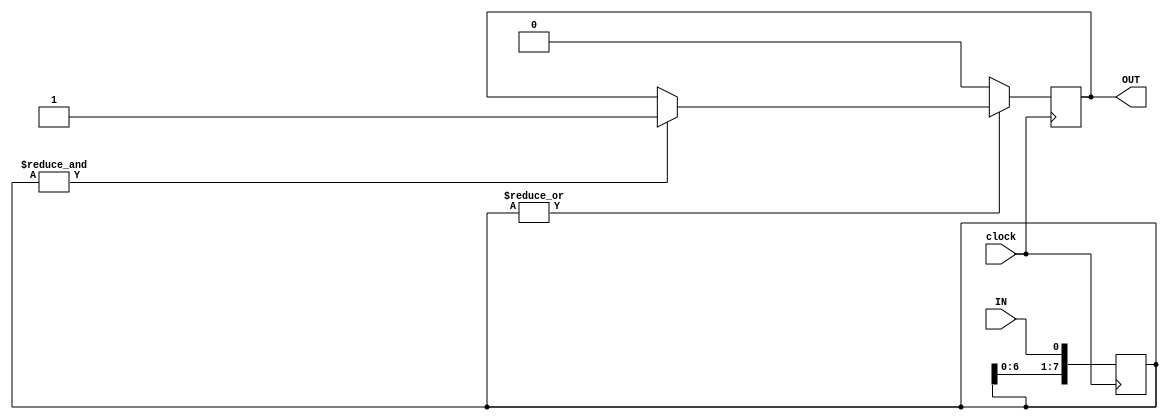
`timescale 1ns / 1ps
//////////////////////////////////////////////////////////////////////////////////
// Company: 
// Engineer: 
// 
// Design Name: 
// Module Name:    debouncer 
// Project Name: 
// Target Devices: 
// Tool versions: 
// Description: 
//
// Dependencies: 
//
// Revision: 
// Revision 0.01 - File Created
// Additional Comments: 
//
//////////////////////////////////////////////////////////////////////////////////
module debounce(
    input wire clock,
    input wire IN,
    output reg OUT
);

 parameter M = 8;
 reg [M-1:0]shift;

 //shift: wait for stable
 always @ (posedge clock) 
 begin
   shift[M-1:0] <= {shift[M-2:0],IN}; // N shift register
// if(shift[M-1:0] == (2**M)*0)
   if(~|shift)
     OUT <= 1'b0;
// else if(shift[M-1:0] == (2**M)-1)
   else if(&shift)
     OUT <= 1'b1;
   else OUT <= OUT;
 end
 endmodule